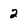
Character: 2